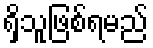
ရှိသူဖြစ်ရမည်